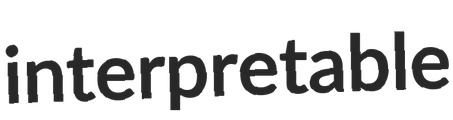
interpretable